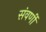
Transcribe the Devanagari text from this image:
संवर्णी